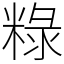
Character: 粶